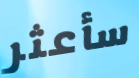
سأعثر